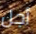
أجل